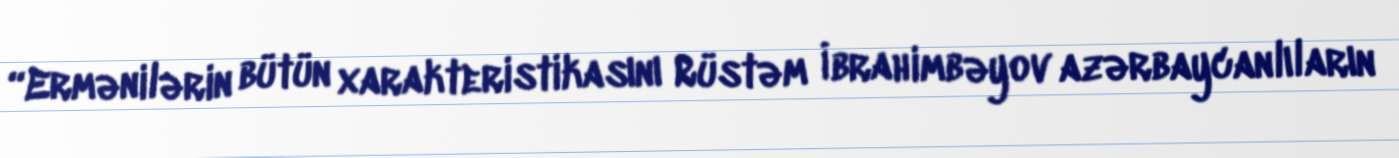
“Ermənilərin bütün xarakteristikasını Rüstəm İbrahimbəyov azərbaycanlıların